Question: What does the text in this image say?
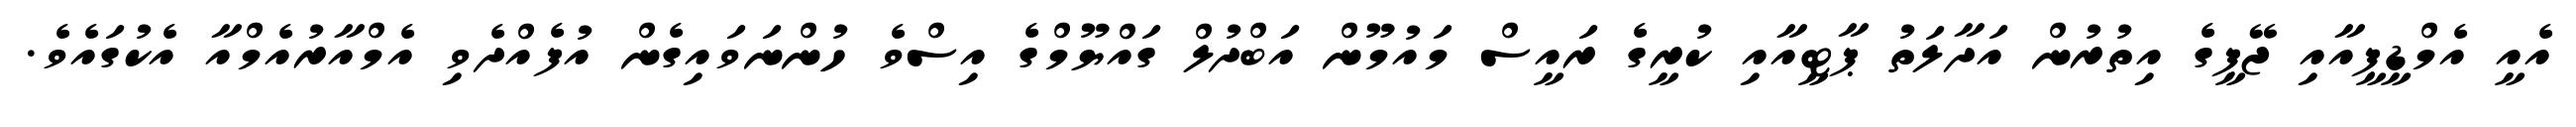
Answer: އެއީ އެމްޑީޕީއާއި ޖޭޕީގެ އިތުރުން އަދާލަތު ޕާޓީއާއި ކުރީގެ ރައީސް މައުމޫން އަބްދުލް ގައްޔޫމްގެ އިސްވެ ހުންނަވައިގެން އުފެއްދެވި އެމްއާރުއެމްއާ އެކުގައެވެ.